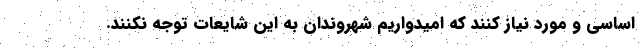
اساسی و مورد نیاز کنند که امیدواریم شهروندان به این شایعات توجه نکنند.